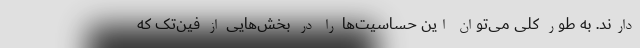
دارند. به طور کلی می‌توان این حساسیت‌ها را در بخش‌هایی از فین‌تک که